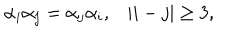
LaTeX: \begin{array} { c c } { { \alpha _ { i } \alpha _ { j } = \alpha _ { j } \alpha _ { i } , } } & { { | i - j | \geq 3 , } } \\ \end{array}